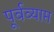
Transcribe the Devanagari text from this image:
पूर्वव्याप्त